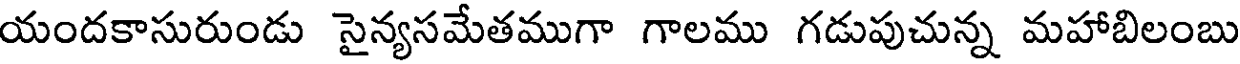
యందకాసురుండు సైన్యసమేతముగా గాలము గడుపుచున్న మహాబిలంబు